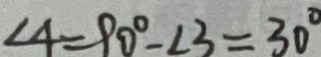
\angle 4 = 9 0 ^ { \circ } - \angle 3 = 3 0 ^ { \circ }